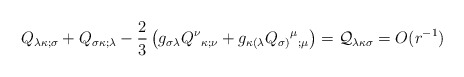
\begin{align*}Q_{\lambda \kappa ;\sigma} +Q_{\sigma\kappa ;\lambda} -\frac{2}{3} \left( g_{\sigma \lambda}Q^{\nu}{_{\kappa ;\nu}} +g_{\kappa (\lambda } Q_{\sigma)}{^{\mu}}{_{ ;\mu}} \right) ={\cal Q}_{\lambda\kappa\sigma} =O( r^{-1})\end{align*}